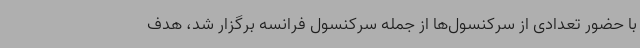
با حضور تعدادی از سرکنسول‌ها از جمله سرکنسول فرانسه برگزار شد، هدف